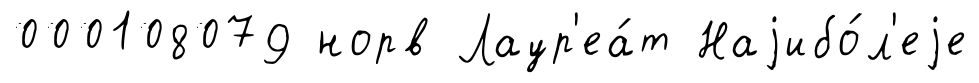
000108079 норв Лаур'еа́т Наjибо́л'еjе